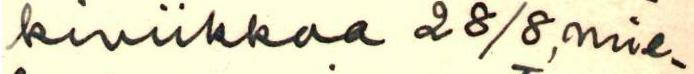
kiviikkoa 28/8, mie-